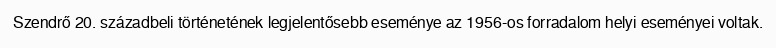
Szendrő 20. századbeli történetének legjelentősebb eseménye az 1956-os forradalom helyi eseményei voltak.